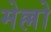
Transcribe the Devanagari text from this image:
मेल्लो